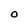
Character: O